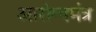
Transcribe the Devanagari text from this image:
आरोग्यमंत्र